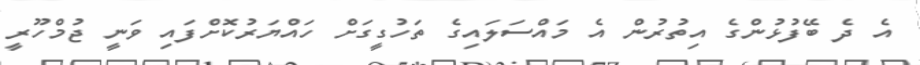
އެ ދެ ބޭފުޅުންގެ އިތުރުން އެ މައްސަލައިގެ ތަހުގީގަށް ހައްޔަރުކޮށްފައި ވަނީ ޖުމްހޫރީ